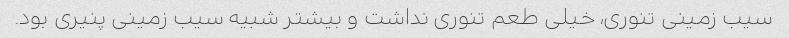
سیب زمینی تنوری، خیلی طعم تنوری نداشت و بیشتر شبیه سیب زمینی پنیری بود.